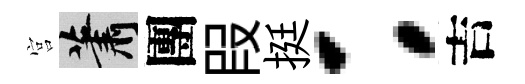
宫蕭團叚挺：吉